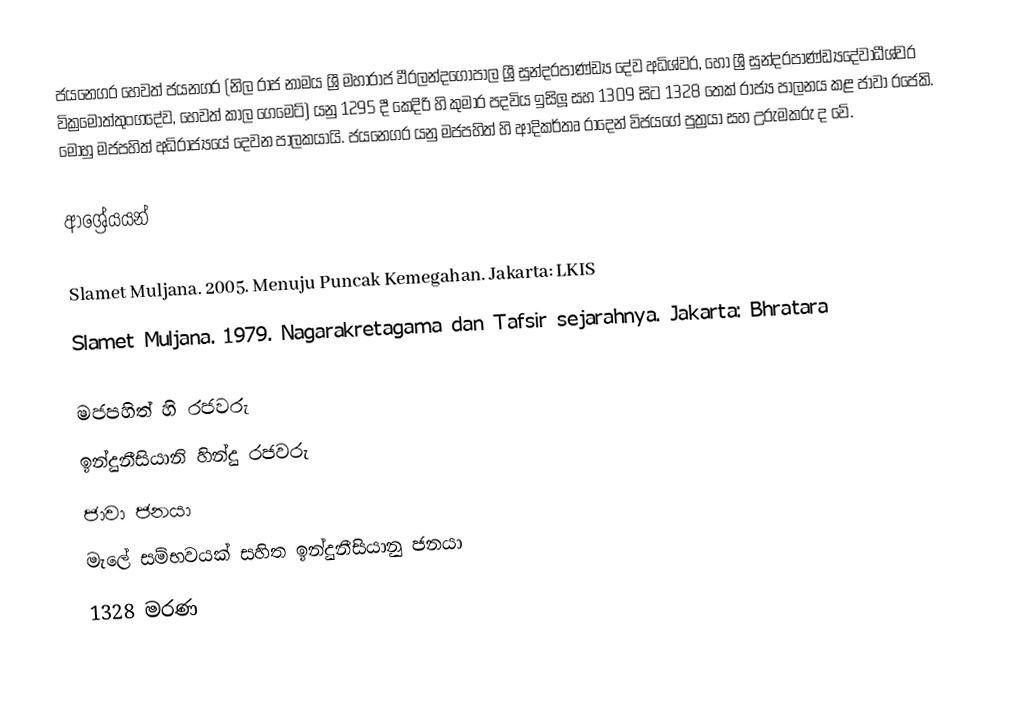
ජයනෙගර හෙවත් ජයනගර (නිල රාජ නාමය ශ්‍රී මහාරාජ වීරලන්දගෝපාල ශ්‍රී සුන්දරපාණ්ඩ්‍ය දේව අධිශ්වර, හෝ ශ්‍රී සුන්දරපාණ්ඩ්‍යදේවාධීශ්වර වික්‍රමෝත්තුංගදේව, හෙවත් කාල ගෙමෙට්) යනු 1295 දී කෙදිරි හි කුමාර පදවිය ඉසිලූ සහ 1309 සිට 1328 තෙක් රාජ්‍ය පාලනය කළ ජාවා රජෙකි. මොහු මජපහිත් අධිරාජ්‍යයේ දෙවන පාලකයායි. ජයනෙගර යනු මජපහිත් හි ආදිකර්තෘ රාදෙන් විජයගේ පුත්‍රයා සහ උරුමකරු ද වේ.

ආශ්‍රේයයන්

 Slamet Muljana. 2005. Menuju Puncak Kemegahan. Jakarta: LKIS
 Slamet Muljana. 1979. Nagarakretagama dan Tafsir sejarahnya. Jakarta: Bhratara

මජපහිත් හි රජවරු
ඉන්දුනීසියානි හින්දු රජවරු
ජාවා ජනයා
මැලේ සම්භවයක් සහිත ඉන්දුනීසියානු ජනයා
1328 මරණ